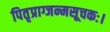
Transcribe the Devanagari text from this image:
पितृप्राग्जन्मसूचकः।